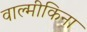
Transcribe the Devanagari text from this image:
वाल्मीकिना